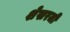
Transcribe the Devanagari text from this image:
शेखरजी